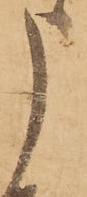
申